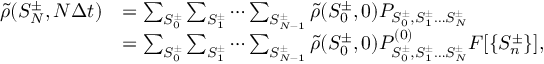
\begin{array} { r l } { \tilde { \rho } ( S _ { N } ^ { \pm } , N \Delta t ) } & { = \sum _ { S _ { 0 } ^ { \pm } } \sum _ { S _ { 1 } ^ { \pm } } \cdots \sum _ { S _ { N - 1 } ^ { \pm } } \tilde { \rho } ( S _ { 0 } ^ { \pm } , 0 ) P _ { S _ { 0 } ^ { \pm } , S _ { 1 } ^ { \pm } \ldots S _ { N } ^ { \pm } } } \\ & { = \sum _ { S _ { 0 } ^ { \pm } } \sum _ { S _ { 1 } ^ { \pm } } \cdots \sum _ { S _ { N - 1 } ^ { \pm } } \tilde { \rho } ( S _ { 0 } ^ { \pm } , 0 ) P _ { S _ { 0 } ^ { \pm } , S _ { 1 } ^ { \pm } \ldots S _ { N } ^ { \pm } } ^ { ( 0 ) } F [ \left\{ S _ { n } ^ { \pm } \right\} ] , } \end{array}